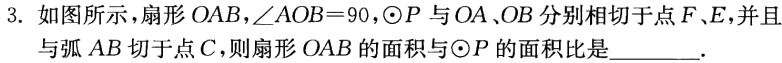
3. 如图所示，扇形\(OAB\)，\(\angle AOB = 90^{\circ}\)，\(\odot P\)与\(OA\)、\(OB\)分别相切于点\(F\)、\(E\)，并且与弧\(AB\)切于点\(C\)，则扇形\(OAB\)的面积与\(\odot P\)的面积比是________.